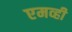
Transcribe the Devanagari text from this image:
एमव्ही